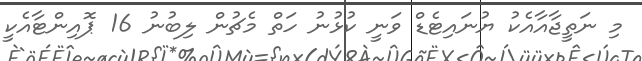
މި ނަތީޖާއާއެކު ޔުނައިޓެޑް ވަނީ ކުޅުނު ހަތް މެޗުން ލިބުނު 16 ޕޮއިންޓާއެކީ